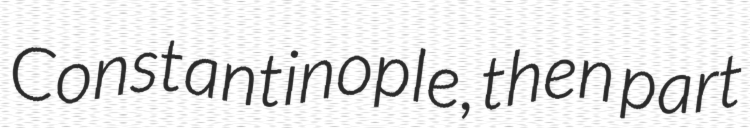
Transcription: Constantinople, then part